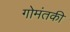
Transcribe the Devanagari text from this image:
गोमंतकी